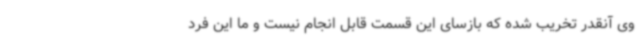
وی آنقدر تخریب شده که بازسای این قسمت قابل انجام نیست و ما این فرد